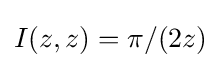
I(z,z)=\pi /(2z)